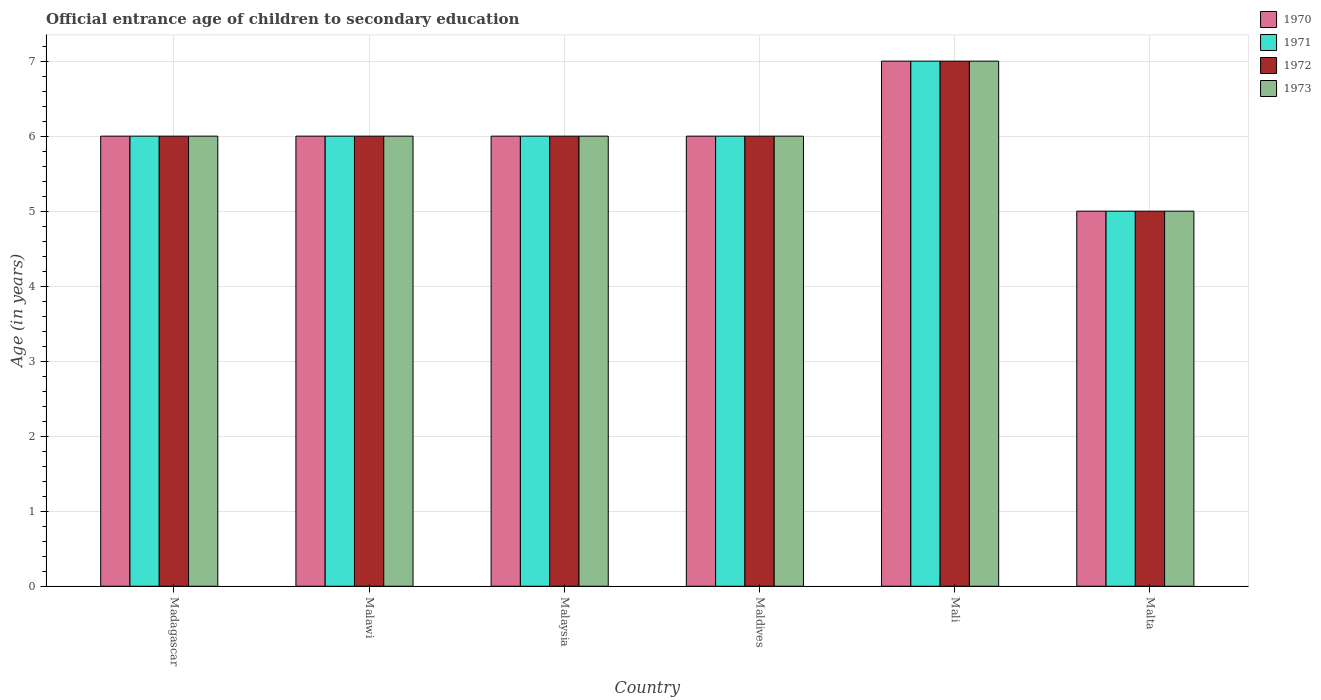
| Country | 1970 | 1971 | 1972 | 1973 |
 | --- | --- | --- | --- | --- |
 | Madagascar | 6 | 6 | 6 | 6 |
 | Malawi | 6 | 6 | 6 | 6 |
 | Malaysia | 6 | 6 | 6 | 6 |
 | Maldives | 6 | 6 | 6 | 6 |
 | Mali | 7 | 7 | 7 | 7 |
 | Malta | 5 | 5 | 5 | 5 |